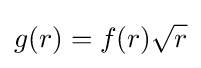
g(r)=f(r){\sqrt {r}}